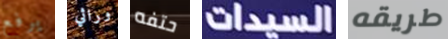
يرفع وراثي حتفه السيدات طريقه